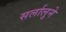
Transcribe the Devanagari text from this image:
सर्लालुने